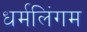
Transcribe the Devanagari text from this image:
धर्मलिंगम